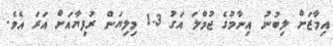
އިމާޒަށް ލިބުނު އިނާމުގެ ޖުމްލަ އަގު 1.3 މިލިޔަން ރުފިޔާއަށް އަރަ އެވެ.